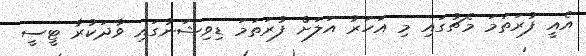
އެއީ ފުރަތަމަ މެޗުގައި މި އަހަރު އަލަށް ފުރަތަމަ ޑިވިޝަނުގައި ވާދަކުރާ ޓީސީ